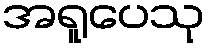
အရူပေသု